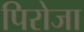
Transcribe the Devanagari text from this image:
पिरोजा